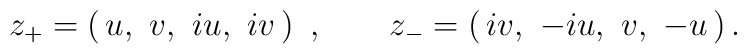
z_{+}=\left(\, u,\,\, v,\,\, iu,\,\, iv\, \right)\ , \qquad z_{-}=\left(\, iv,\,\, -iu,\,\, v,\,\, -u \, \right).